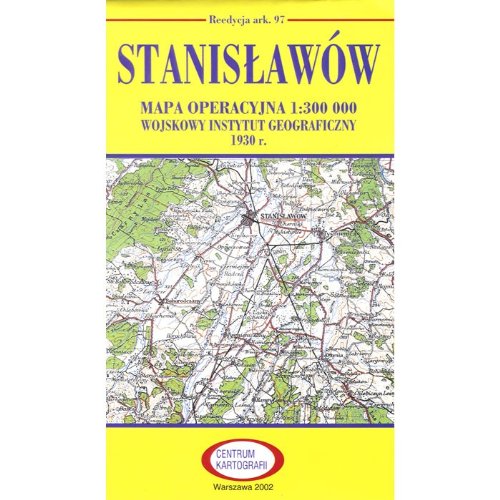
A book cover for Pre WWII Poland Map - Stanislawow 1927-1938; Unknown; Travel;